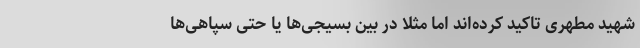
شهید مطهری تاکید کرده‌اند اما مثلا در بین بسیجی‌ها یا حتی سپاهی‌ها